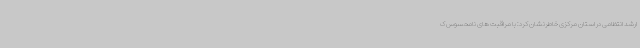
ارشد انتظامی در استان مرکزی خاطرنشان کرد: با مراقبت های نامحسوس ک